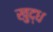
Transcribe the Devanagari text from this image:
खुद्ध